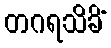
တဂရသိခိံ